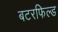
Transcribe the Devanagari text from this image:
बटरफिल्ड